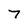
Character: 7